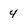
Character: 4